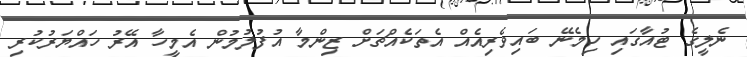
ނެލީގެ ޓުއާގައި ހިމެނޭ ބައިވެރިއެއް އެތަކެއްޗަށް ޒިންމާ އުފުލުމުން އެމީހާ އޭރު ހައްޔަރުކުރި